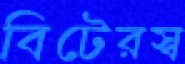
বিটেরস্ব